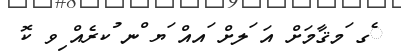
ެގ ަމޤާމަށް އަ ަލށް ައއް ަޔ ްނ ުކރެއް ިވ ކޮ